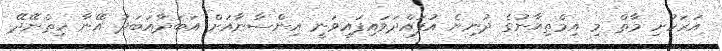
އަރަހުށި މާތް މި އިމްތިޙާނުގެ ދުނިޔެ އުފައްދަވައިފައިވަނީ އިންސާނާއަށް އަބަދާއަބަދު އޭނާ ހިތްނޭދޭ